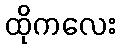
ထိုကလေး